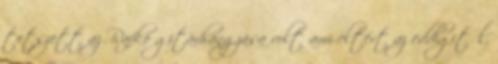
tetszett az Rafkó gitárhangzása volt ami eltért az eddigitől,